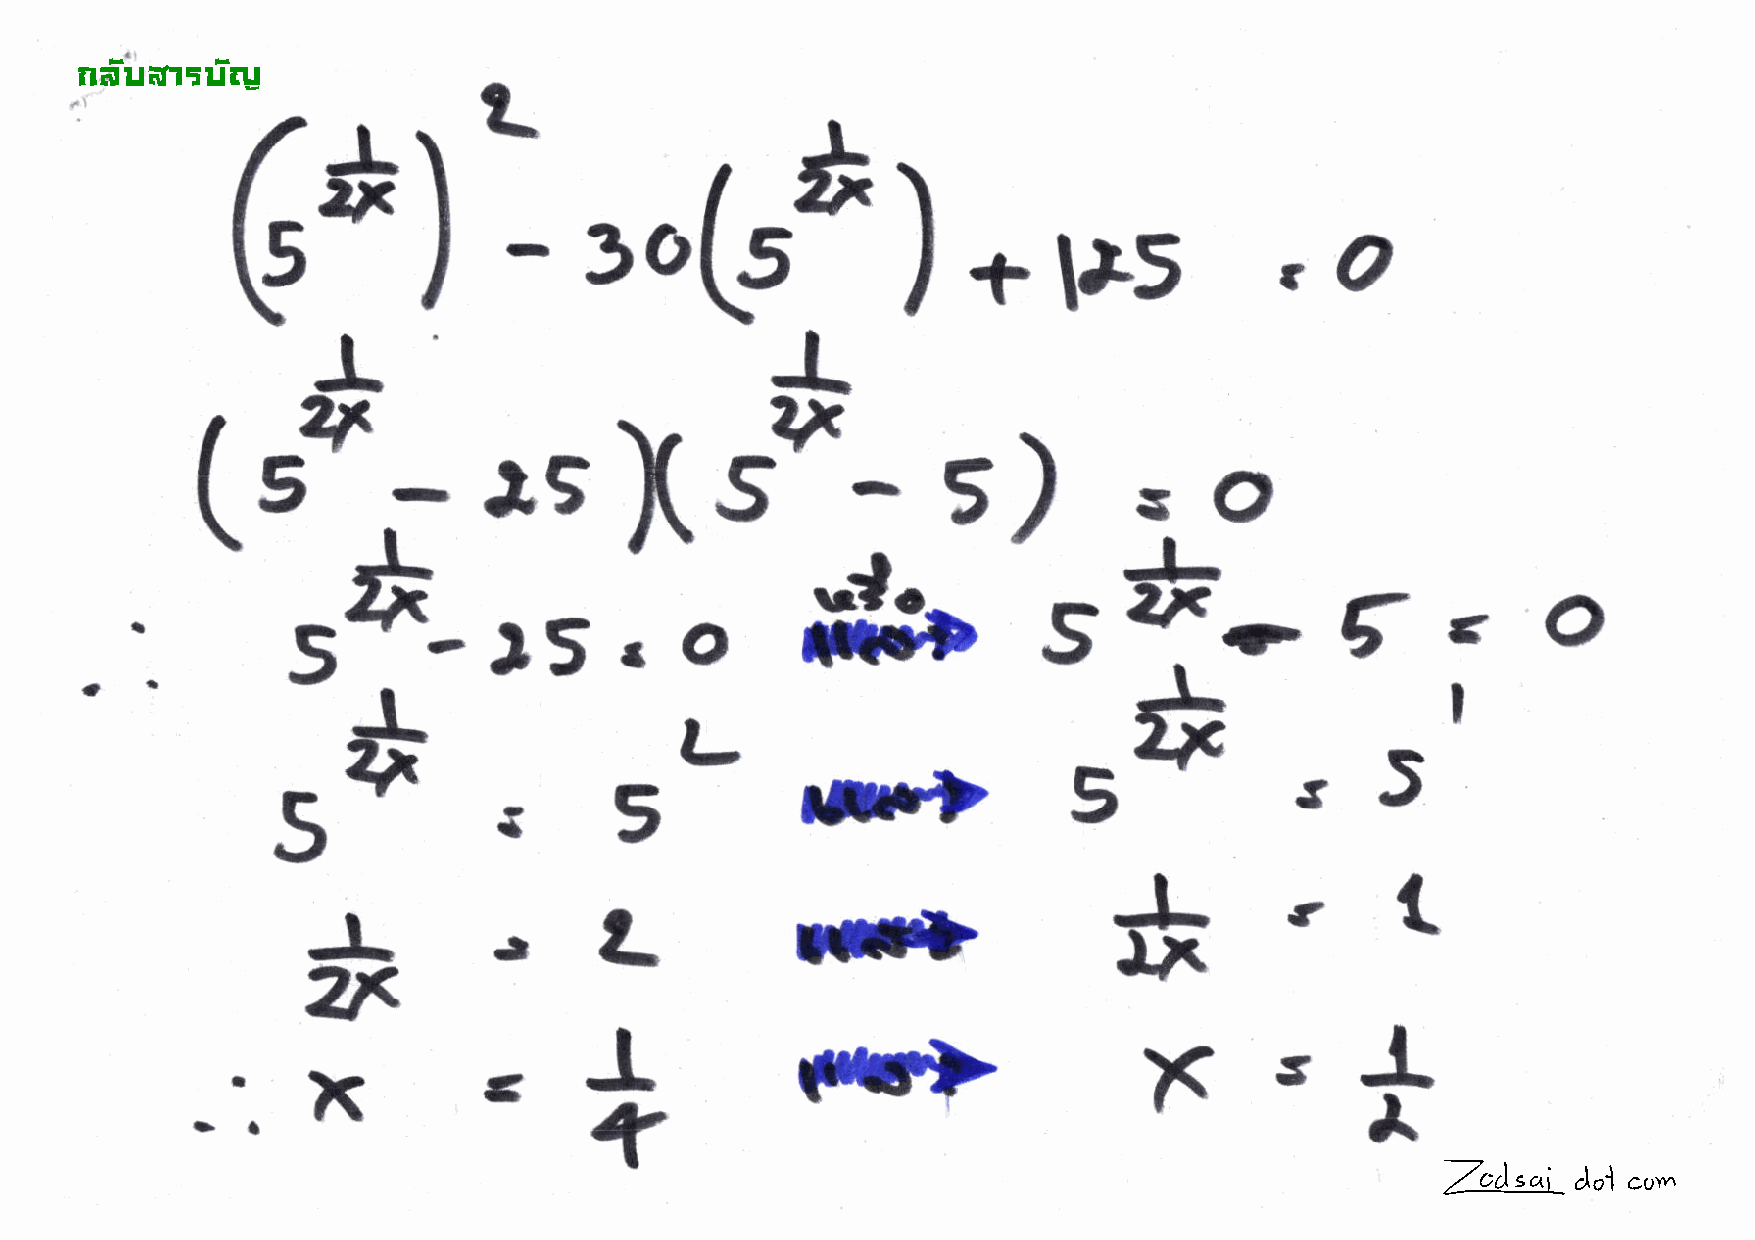
!"#$%&'$#(
 (*lt
 t-*r
 -
 \9                                           l+.'s
 l-3oLs
 'o
 II
 ,4\rT
 s)
 (s-.-              ls                      -
 X.i                                   o
 ".
 ,
 *t              sT-
 o
 sar5.                                                                              o
 G
 *L--*l
 rtlD              5--            5    5
 :       5-
 5
 IrLs*ct
 2t<                              il+                    xs*
 c
 _..x
 +